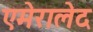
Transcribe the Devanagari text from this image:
एमेरालेद